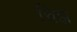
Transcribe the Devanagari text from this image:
चिझ